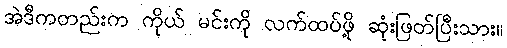
အဲဒီကတည်းက ကိုယ် မင်းကို လက်ထပ်ဖို့ ဆုံးဖြတ်ပြီးသား။